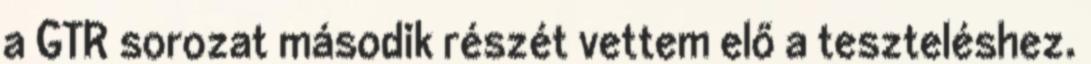
a GTR sorozat második részét vettem elő a teszteléshez.